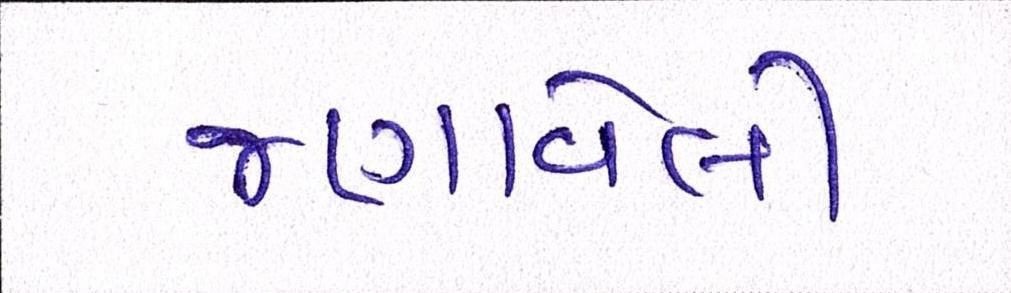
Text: જણાવેલી